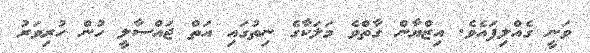
ވަނީ ގެއްލިފައެވެ. އިޒްޔާން ގާތްވެ މަލަކާގެ ނިތުގައި އަތް ޖައްސާލީ ހުން ހުރިވަރު